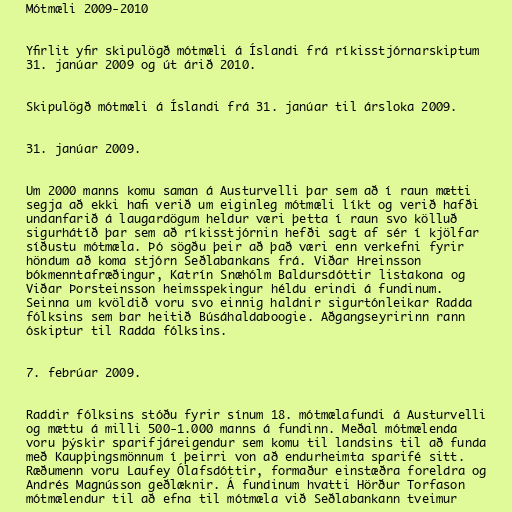
Mótmæli 2009-2010

Yfirlit yfir skipulögð mótmæli á Íslandi frá ríkisstjórnarskiptum
31. janúar 2009 og út árið 2010.

Skipulögð mótmæli á Íslandi frá 31. janúar til ársloka 2009.

31. janúar 2009.

Um 2000 manns komu saman á Austurvelli þar sem að í raun mætti
segja að ekki hafi verið um eiginleg mótmæli líkt og verið hafði
undanfarið á laugardögum heldur væri þetta í raun svo kölluð
sigurhátíð þar sem að ríkisstjórnin hefði sagt af sér í kjölfar
síðustu mótmæla. Þó sögðu þeir að það væri enn verkefni fyrir
höndum að koma stjórn Seðlabankans frá. Viðar Hreinsson
bókmenntafræðingur, Katrín Snæhólm Baldursdóttir listakona og
Viðar Þorsteinsson heimsspekingur héldu erindi á fundinum.
Seinna um kvöldið voru svo einnig haldnir sigurtónleikar Radda
fólksins sem bar heitið Búsáhaldaboogie. Aðgangseyririnn rann
óskiptur til Radda fólksins.

7. febrúar 2009.

Raddir fólksins stóðu fyrir sínum 18. mótmælafundi á Austurvelli
og mættu á milli 500-1.000 manns á fundinn. Meðal mótmælenda
voru þýskir sparifjáreigendur sem komu til landsins til að funda
með Kaupþingsmönnum í þeirri von að endurheimta sparifé sitt.
Ræðumenn voru Laufey Ólafsdóttir, formaður einstæðra foreldra og
Andrés Magnússon geðlæknir. Á fundinum hvatti Hörður Torfason
mótmælendur til að efna til mótmæla við Seðlabankann tveimur